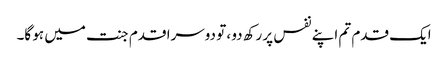
ایک قدم تم اپنے نفس پر رکھ دو ، تو دوسرا قدم جنت میں ہو گا۔